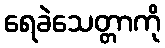
ရေခဲသေတ္တာကို